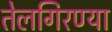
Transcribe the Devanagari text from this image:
तेलगिरण्या